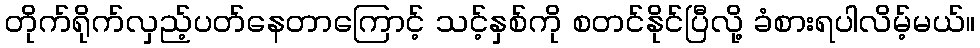
တိုက်ရိုက်လှည့်ပတ်နေတာကြောင့် သင့်နှစ်ကို စတင်နိုင်ပြီလို့ ခံစားရပါလိမ့်မယ်။